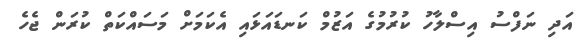
އަދި ނަފްސު އިސްލާހު ކުރުމުގެ އަޒުމް ކަނޑައަޅައި އެކަމަށް މަސައްކަތް ކުރަން ޖެހެ